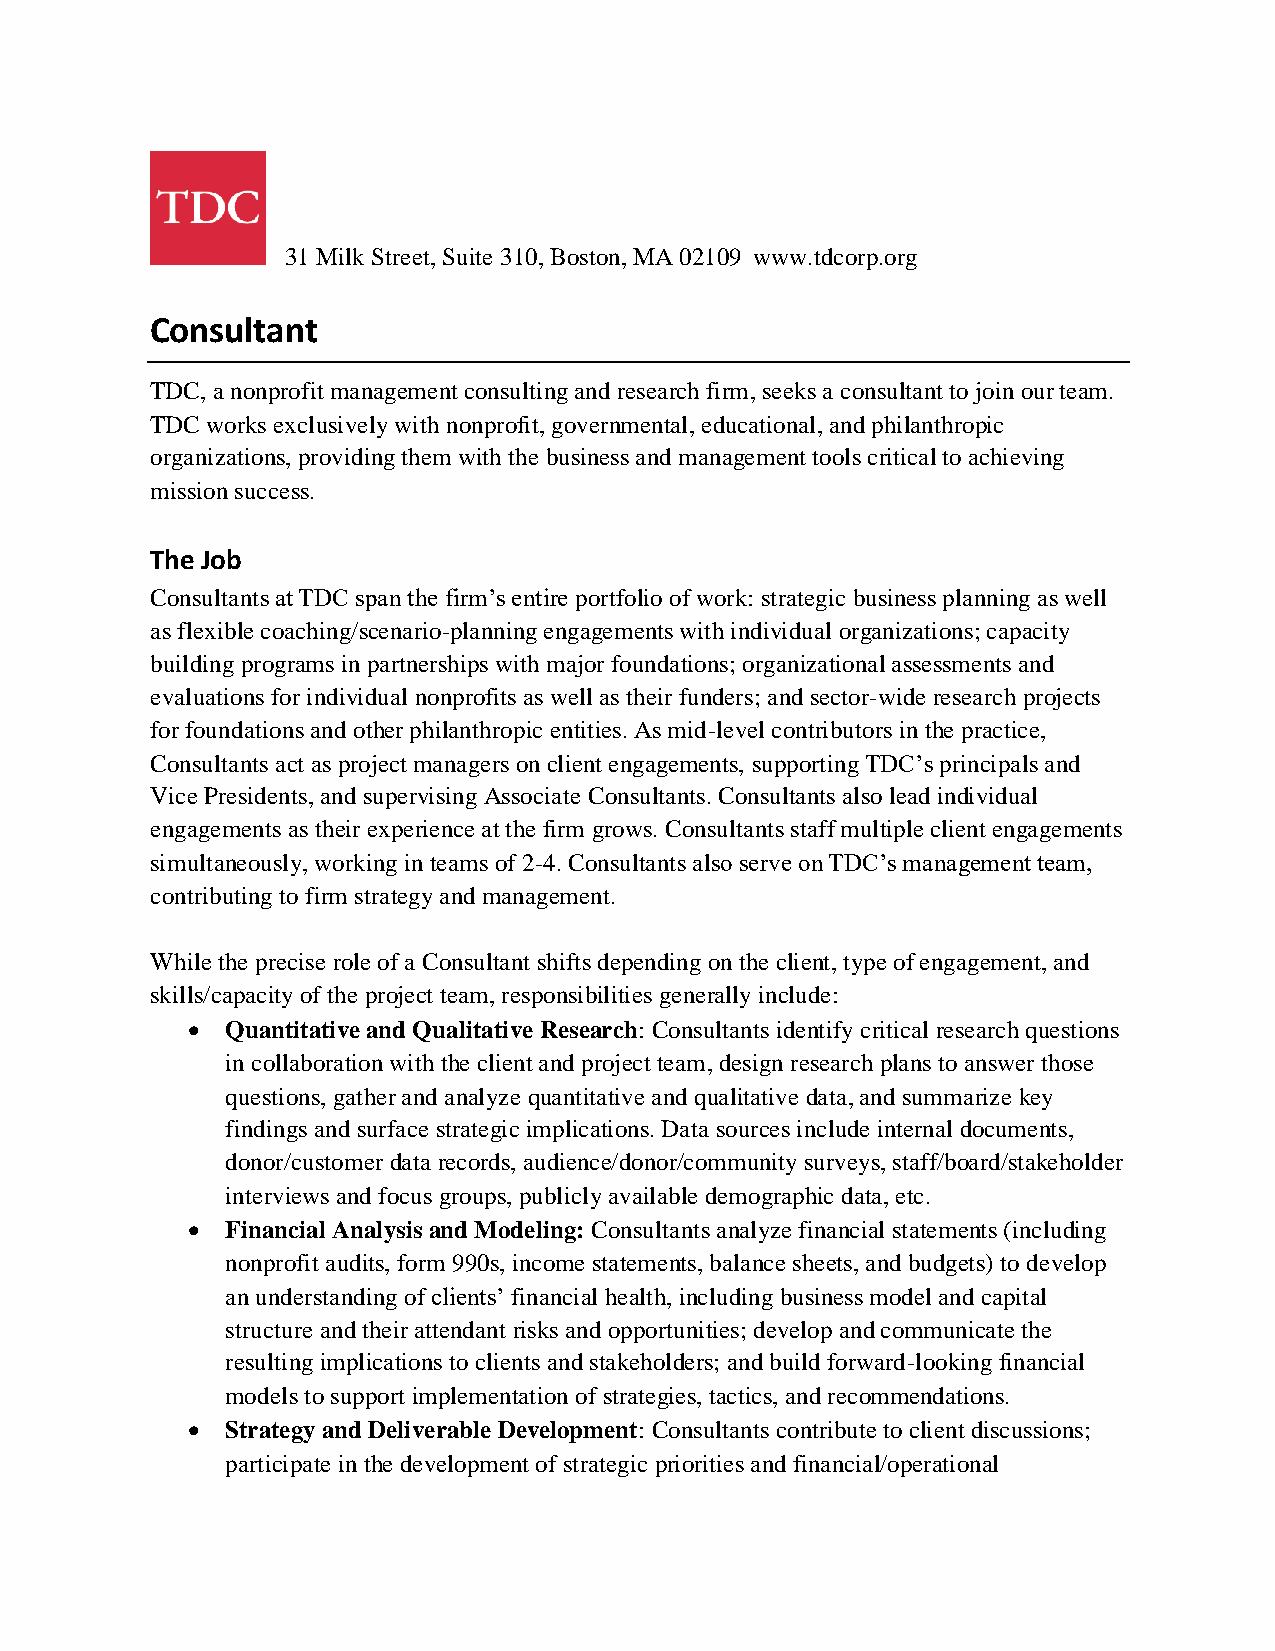
31 Milk Street, Suite 310, Boston, MA 02109 www.tdcorp.org
 Consultant
 TDC, a nonprofit management consulting and research firm, seeks a consultant to join our team.
 TDC works exclusively with nonprofit, governmental, educational, and philanthropic
 organizations, providing them with the business and management tools critical to achieving
 mission success.
 The Job
 Consultants at TDC span the firm’s entire portfolio of work: strategic business planning as well
 as flexible coaching/scenario-planning engagements with individual organizations; capacity
 building programs in partnerships with major foundations; organizational assessments and
 evaluations for individual nonprofits as well as their funders; and sector-wide research projects
 for foundations and other philanthropic entities. As mid-level contributors in the practice,
 Consultants act as project managers on client engagements, supporting TDC’s principals and
 Vice Presidents, and supervising Associate Consultants. Consultants also lead individual
 engagements as their experience at the firm grows. Consultants staff multiple client engagements
 simultaneously, working in teams of 2-4. Consultants also serve on TDC’s management team,
 contributing to firm strategy and management.
 While the precise role of a Consultant shifts depending on the client, type of engagement, and
 skills/capacity of the project team, responsibilities generally include:
 •  Quantitative and Qualitative Research: Consultants identify critical research questions
 in collaboration with the client and project team, design research plans to answer those
 questions, gather and analyze quantitative and qualitative data, and summarize key
 findings and surface strategic implications. Data sources include internal documents,
 donor/customer data records, audience/donor/community surveys, staff/board/stakeholder
 interviews and focus groups, publicly available demographic data, etc.
 •  Financial Analysis and Modeling: Consultants analyze financial statements (including
 nonprofit audits, form 990s, income statements, balance sheets, and budgets) to develop
 an understanding of clients’ financial health, including business model and capital
 structure and their attendant risks and opportunities; develop and communicate the
 resulting implications to clients and stakeholders; and build forward-looking financial
 models to support implementation of strategies, tactics, and recommendations.
 •  Strategy and Deliverable Development: Consultants contribute to client discussions;
 participate in the development of strategic priorities and financial/operational